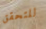
للتحقق